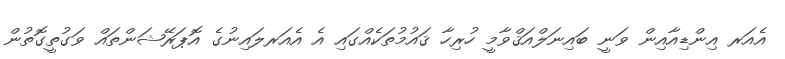
އެއަރ އިންޑިއާއިން ވަނީ ބައިނަލްއަޤްވާމީ ހުރިހާ ޤައުމުތަކެއްގައި އެ އެއަރލައިނުގެ އޮޕަރޭޝަންތައް ވަގުތީގޮތުން